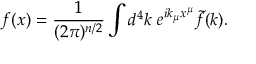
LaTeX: f ( x ) = \frac { 1 } { ( 2 \pi ) ^ { n / 2 } } \int d ^ { 4 } k ~ e ^ { i k _ { \mu } x ^ { \mu } } \tilde { f } ( k ) .